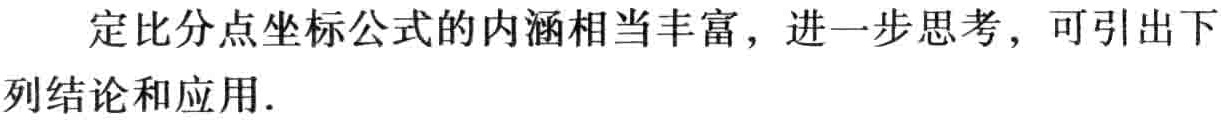
定比分点坐标公式的内涵相当丰富，进一步思考，可引出下列结论和应用.